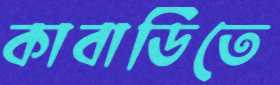
কাবাডিতে